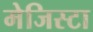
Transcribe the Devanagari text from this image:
मेजिस्टा